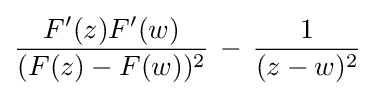
\displaystyle {{F^{\prime }(z)F^{\prime }(w) \over (F(z)-F(w))^{2}}\,-\,{1 \over (z-w)^{2}}}